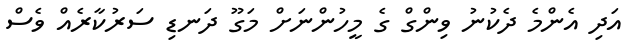
އަދި އެންމެ ދެކުނު ވިންގް ގެ މީހުންނަށް މަގޫ ދަނޑި ސަރުކާރެއް ވެސް